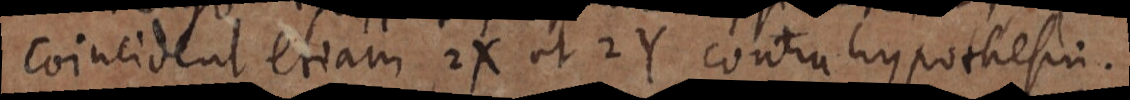
coincident etiam 2X ut 2Y contra hypothesi.